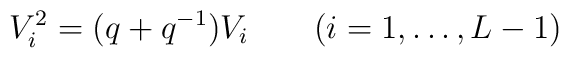
V^2_i  =  (q + q^{-1}) V_i \qquad (i = 1, \ldots , L-1)